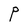
Character: P